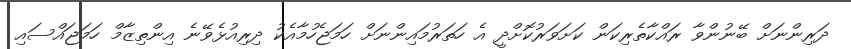
ދަރިންނަށް ބޭނުންވާ ރައްކާތެރިކަން ކަށަވަރުކޮށްދީ އެ ހަތަރުމައިންނަށް ހަމަޖެހުމާއެކު ދިރިއުޅެވޭނެ އިންތިޒާމް ހަމަޖައްސައި